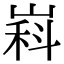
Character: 嵙